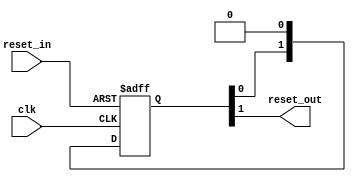
//-------------------------------------------------------------------------------------------------
//  -- Corporation  : MicroRTL.com
//  -- Email        : haitaox2013@gmail.com
//  -- Module       :
//-------------------------------------------------------------------------------------------------
//  -- Description  :
//
//-------------------------------------------------------------------------------------------------
//  -- Changelog    :
//  -- Author       | Date                  | Content
//  -- Michael      | 2016/09/06 10:52:45	|
//-------------------------------------------------------------------------------------------------
//`include			"_def.v"
//time unit/precision
`timescale 1ns/1ps
//-------------------------------------------------------------------------------------------------


module rst_sync # (
	parameter	RESET_LENGTH = 2
	)
	(
	input		clk			,	//
	input		reset_in	,	//
	output		reset_out		//
	);

	//	ref signals

	reg	[RESET_LENGTH-1:0]	reset_shift = {RESET_LENGTH{1'b1}};

	//	ref ARCHITECTURE

	//
	always @ (posedge clk or posedge reset_in) begin
		if(reset_in) begin
			reset_shift <= {RESET_LENGTH{1'b1}};
		end else begin
			reset_shift	<= {reset_shift[RESET_LENGTH-2:0],1'b0};
		end
	end
	assign	reset_out	= reset_shift[RESET_LENGTH-1];




endmodule